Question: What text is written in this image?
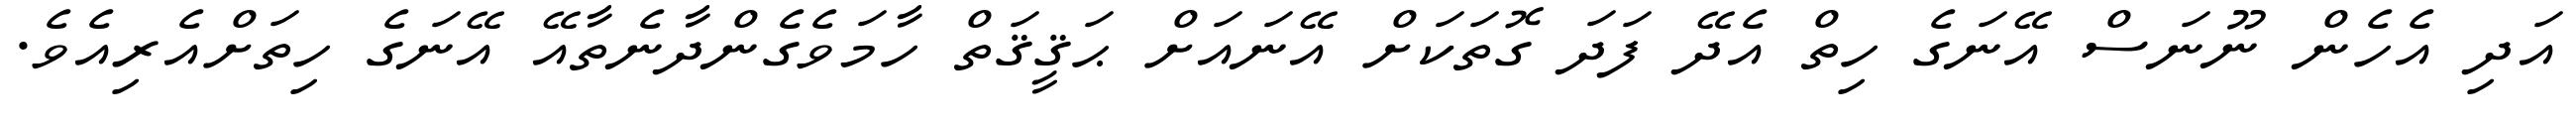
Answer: އަދި އެހެން ނޫނަސް އޭނަގެ ހިތް އެދޭ ފަދަ ގޮތަކަށް އޭނައަށް ޙަޤީޤަތް ހާމަވެގެންދާނެތާއޭ އޭނަގެ ހިތަށްއެރިއެވެ.